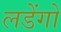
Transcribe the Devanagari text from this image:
लडेंगो